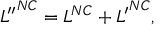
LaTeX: { { \cal L } ^ { \prime \prime } } ^ { N C } = { \cal L } ^ { N C } + { { \cal L } ^ { \prime } } ^ { N C } ,